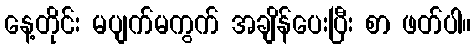
နေ့တိုင်း မပျက်မကွက် အချိန်ပေးပြီး စာ ဖတ်ပါ။